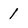
Character: 1